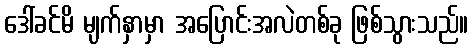
ဒေါ်ခင်မိ မျက်နှာမှာ အပြောင်းအလဲတစ်ခု ဖြစ်သွားသည်။